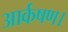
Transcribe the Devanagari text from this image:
आर्कषण।